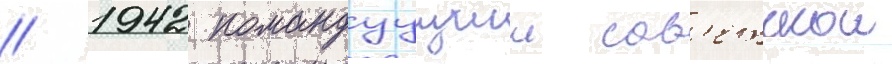
// 1942 командуущии сов'етскои